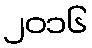
၂၀၁၆